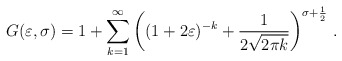
\begin{align*}G(\varepsilon, \sigma) = 1 + \sum_{k=1}^\infty \left((1+2\varepsilon)^{-k} + \frac{1}{2\sqrt{2\pi k}}\right)^{\sigma+\frac 12}\,.\end{align*}